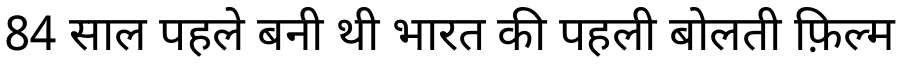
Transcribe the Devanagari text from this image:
84 साल पहले बनी थी भारत की पहली बोलती फ़िल्म